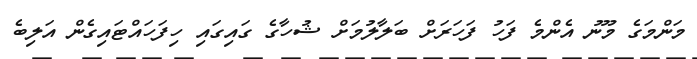
މަންމަގެ މޫނު އެންމެ ފަހު ފަހަރަށް ބަލާލުމަށް ޝުހާގެ ގައިގައި ހިފަހައްޓައިގެން އަލިބެ